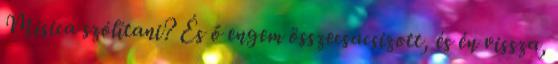
Misica szólítani? És ő engem összecsacsizott, és én vissza,